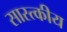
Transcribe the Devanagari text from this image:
सास्त्कीय